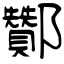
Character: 酇